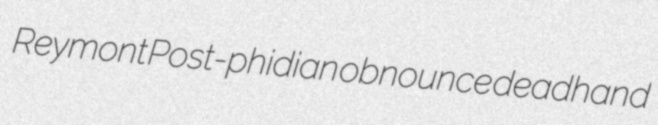
Reymont Post-phidian obnounce deadhand